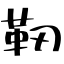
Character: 靭